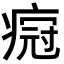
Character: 𬏸